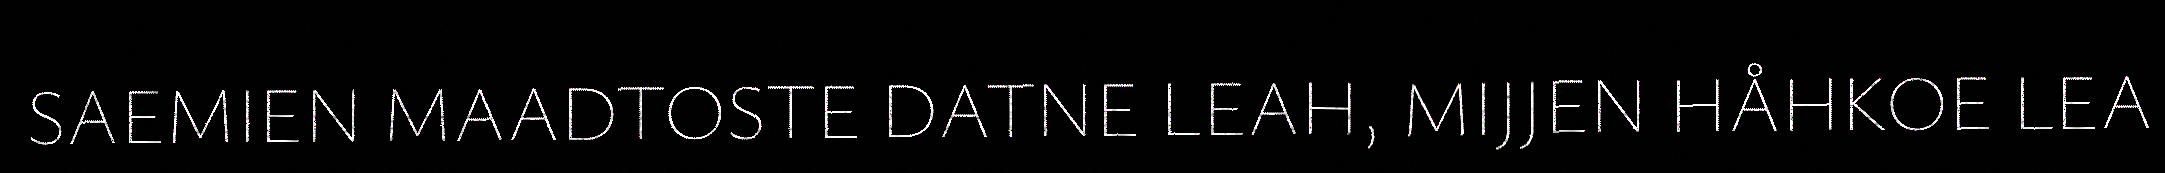
SAEMIEN MAADTOSTE DATNE LEAH, MIJJEN HÅHKOE LEA